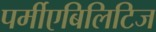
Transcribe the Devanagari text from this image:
पर्मीएबिलिटिज